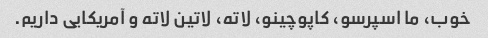
خوب، ما اسپرسو، کاپوچینو، لاته، لاتین لاته و آمریکایی داریم.